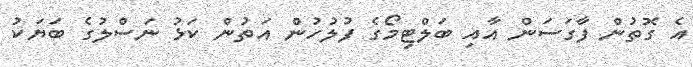
އެ ގޮތުން ފާގަސަން އާއި ބަލްޓިމޯގެ ފުލުހުން އަތުން ކަޅު ނަސްލުގެ ބަޔަކު